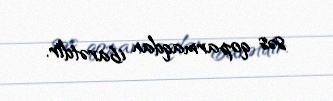
səs qoparmaqdan ibarətdir.